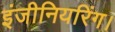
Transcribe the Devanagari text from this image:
इंजीनियरिंग।